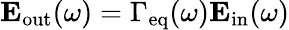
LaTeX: \mathbf{E}_{\mathrm{out}}(\omega)=\Gamma_{\mathrm{eq}}(\omega)\mathbf{E}_{\mathrm{in}}(\omega)